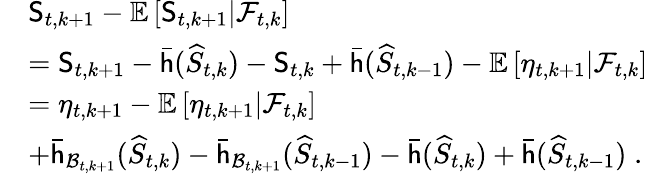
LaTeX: \begin{array}{rl}&{\mathsf{S}_{t,k+1}-\mathbb{E}\left[\mathsf{S}_{t,k+1}\vert\mathcal{F}_{t,k}\right]}\\ &{=\mathsf{S}_{t,k+1}-\bar{\mathsf{h}}(\widehat{S}_{t,k})-\mathsf{S}_{t,k}+\bar{\mathsf{h}}(\widehat{S}_{t,k-1})-\mathbb{E}\left[\eta_{t,k+1}\vert\mathcal{F}_{t,k}\right]}\\ &{=\eta_{t,k+1}-\mathbb{E}\left[\eta_{t,k+1}\vert\mathcal{F}_{t,k}\right]}\\ &{+\bar{\mathsf{h}}_{\mathcal{B}_{t,k+1}}(\widehat{S}_{t,k})-\bar{\mathsf{h}}_{\mathcal{B}_{t,k+1}}(\widehat{S}_{t,k-1})-\bar{\mathsf{h}}(\widehat{S}_{t,k})+\bar{\mathsf{h}}(\widehat{S}_{t,k-1})\; .}\end{array}